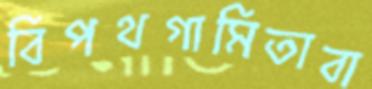
বিপথগামিতাবা